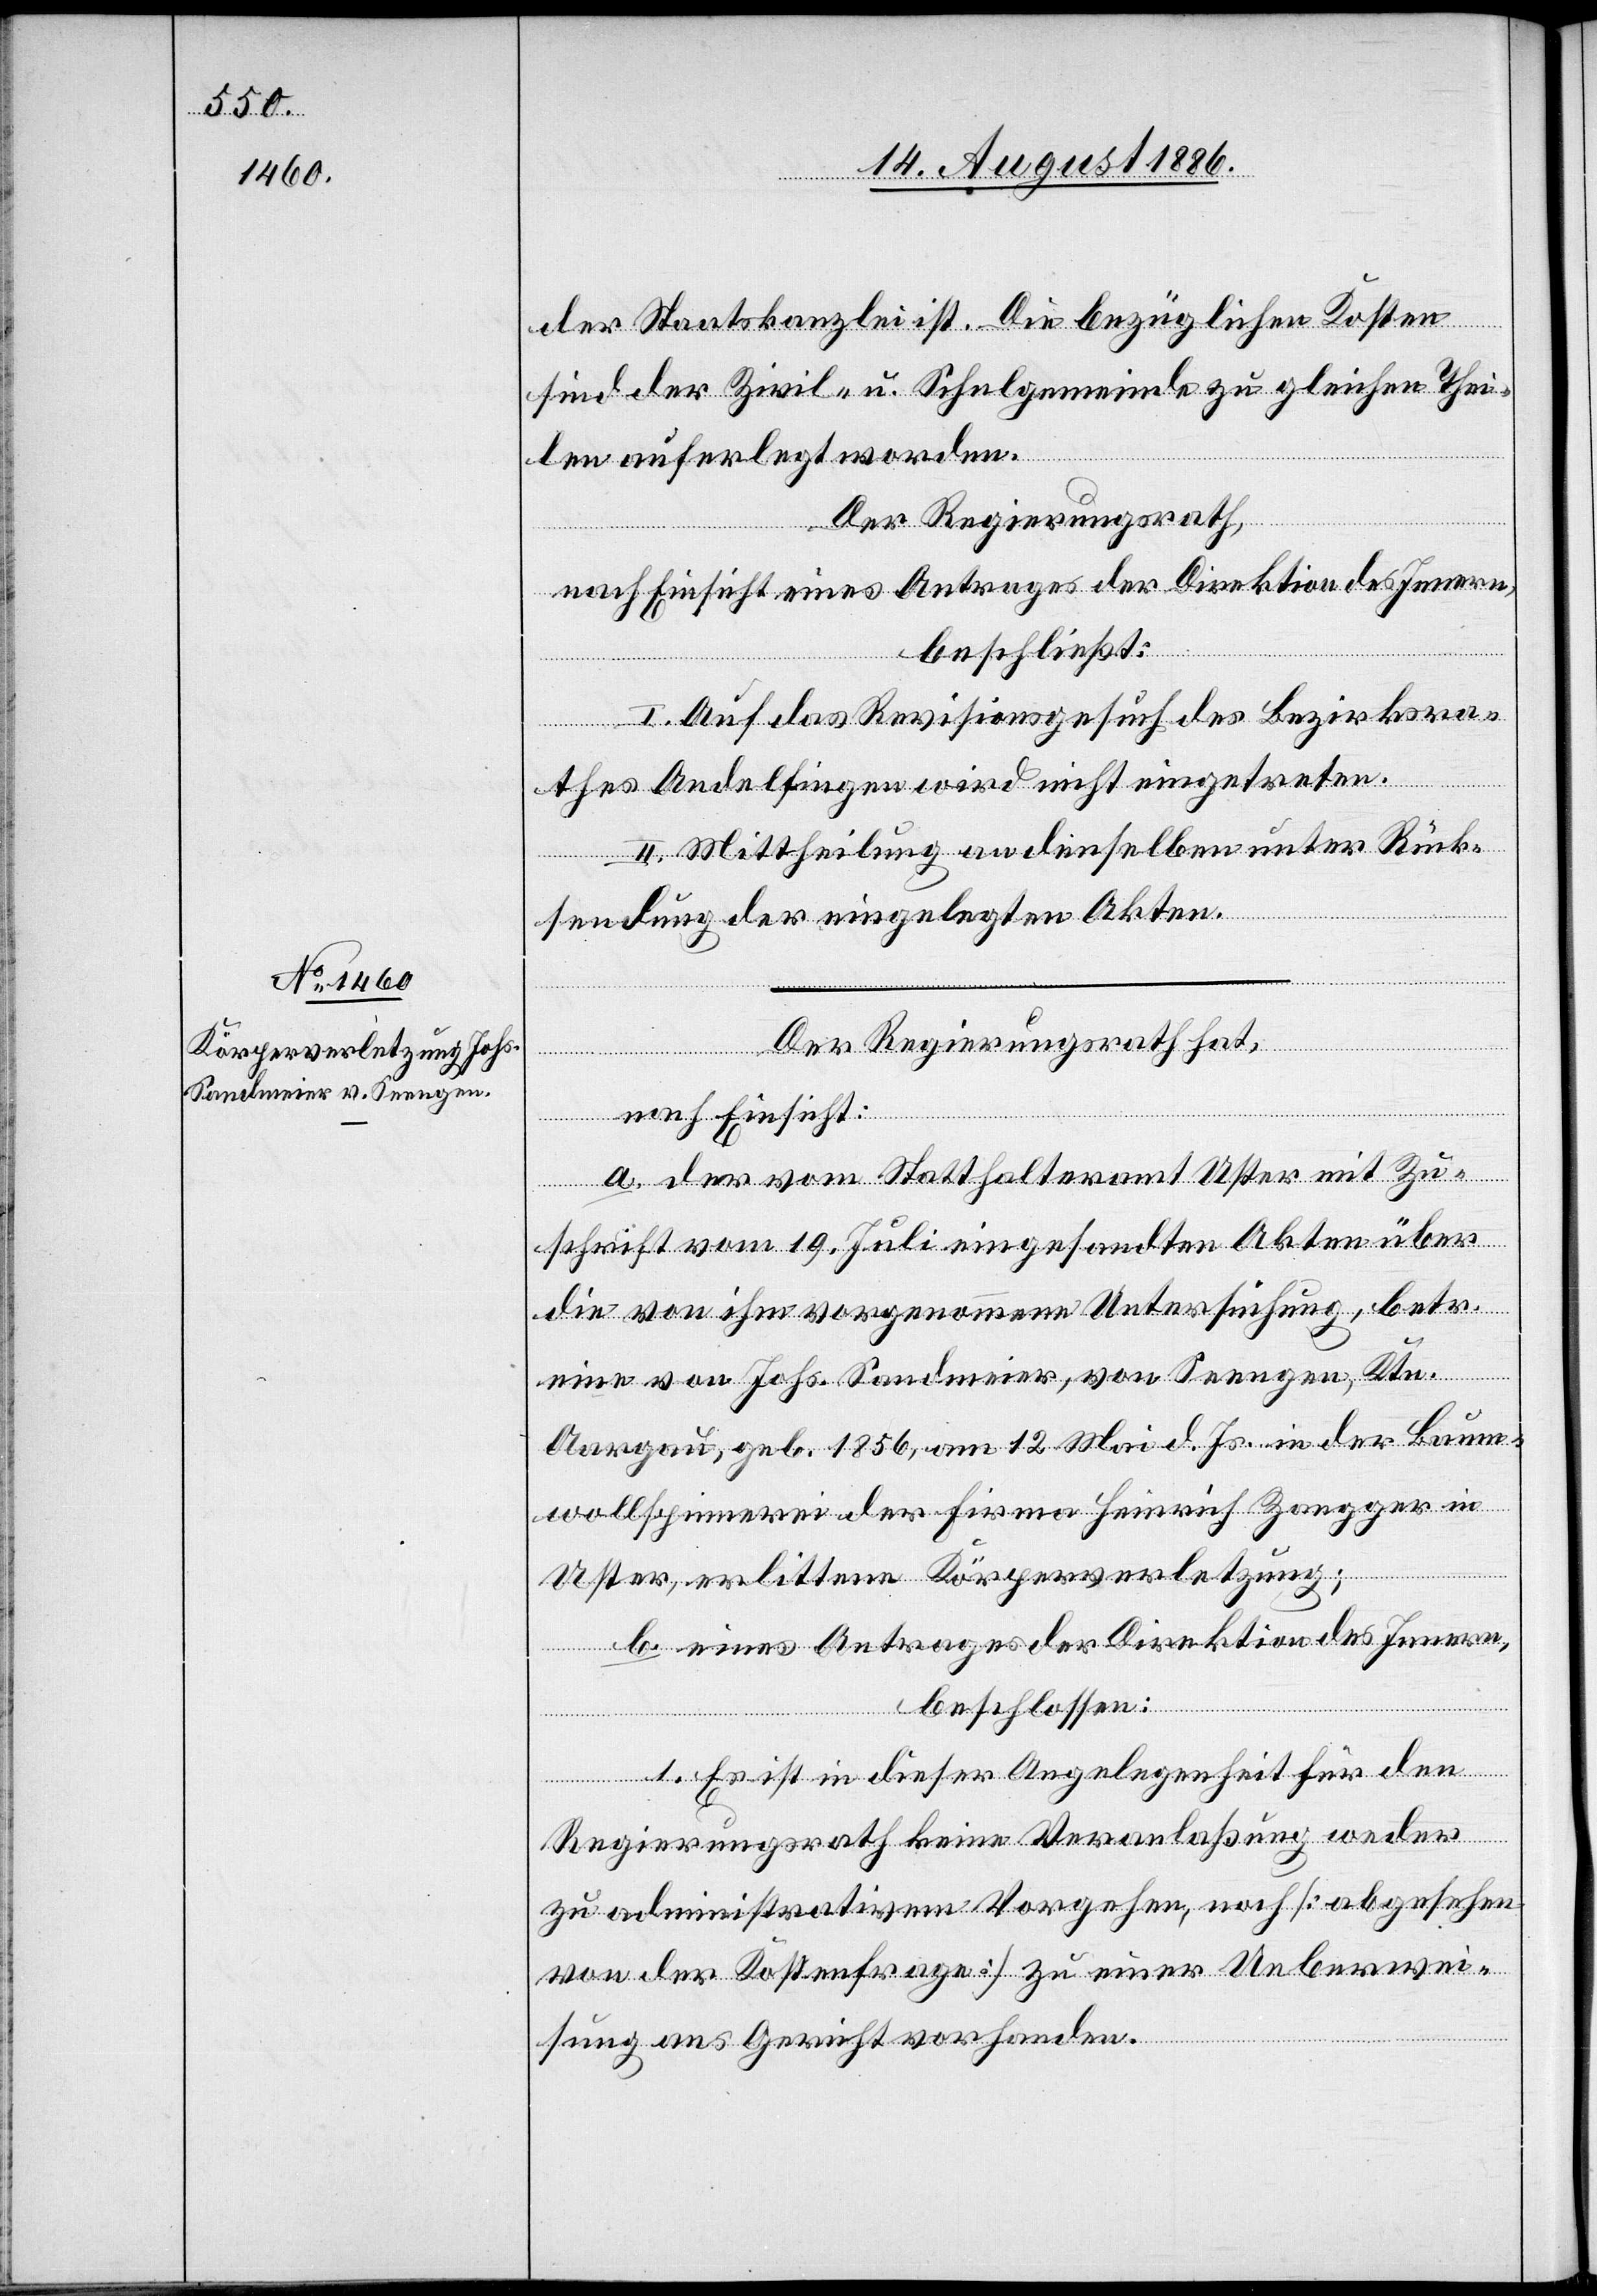
der Staatskanzlei ist. Die bezüglichen Kosten
sind der Zivil- u. Schulgemeinde zu gleichen Thei¬
len auferlegt worden.
Der Regierungsrath,
nach Einsicht eines Antrages der Direktion des Innern,
beschließt:
I. Auf das Revisionsgesuch des Bezirksra¬
thes Andelfingen wird nicht eingetreten.
II. Mittheilung an denselben unter Rück¬
sendung der eingelegten Akten.
Der Regierungsrath hat,
nach Einsicht:
a. der vom Statthalteramt Uster mit Zu¬
schrift vom 19. Juli eingesandten Akten über
die von ihm vorgenommene Untersuchung, betr.
eine von Johs. Sandmeier, von Seengen, Ktn.
Aargau, geb. 1856, am 12. Mai d. Js. in der Baum¬
wollspinnerei der Firma Heinrich Zangger in
Uster, erlittene Körperverletzung;
b. eines Antrages der Direktion des Innern,
beschlossen:
1. Es ist in dieser Angelegenheit für den
Regierungsrath keine Veranlaßung weder
zu administrativem Vorgehen, noch [abgesehen
von der Kostenfrage] zu einer Ueberwei¬
sung ans Gericht vorhanden.